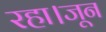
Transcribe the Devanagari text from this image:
रहा।जून